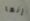
إنها